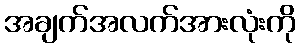
အချက်အလက်အားလုံးကို